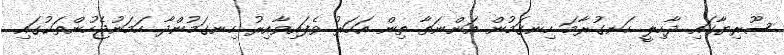
ސޫރިޔާގައި ދާހިލީ ހަނގުރާމަ ހިނގަމުން އަންނަތާ ތިން އަހަރު ވެފައިވާއިރު ހިނގަމުންދާ ހަމަނުޖެހުންތަކުގައި